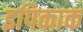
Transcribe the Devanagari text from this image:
इपिकाक